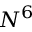
N ^ { 6 }